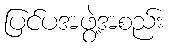
ပြင်ပအဖွဲ့အစည်း